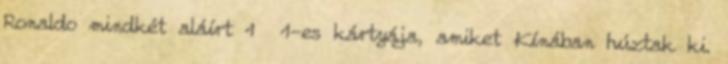
Ronaldo mindkét aláírt 1 1-es kártyája, amiket Kínában húztak ki.